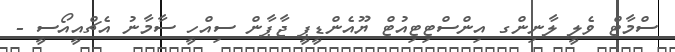
ސްމާޓް ވެލީ ލާނިންގ އިންސްޓިޓިއުޓް ޔޫއެންޑީޕީ ޖާޕާން ސިއްހީ ސާމާނު އެޗްއީއޯސީ -